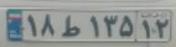
۱۸ط۱۳۵۱۲